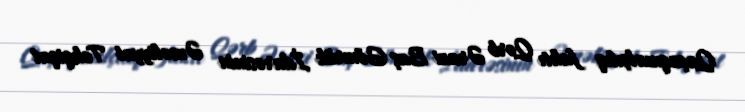
Qaçaqmalçılıq faktı Qərb Ərazi Baş Gömrük İdarəsinin Əməliyyat Təhqiqat